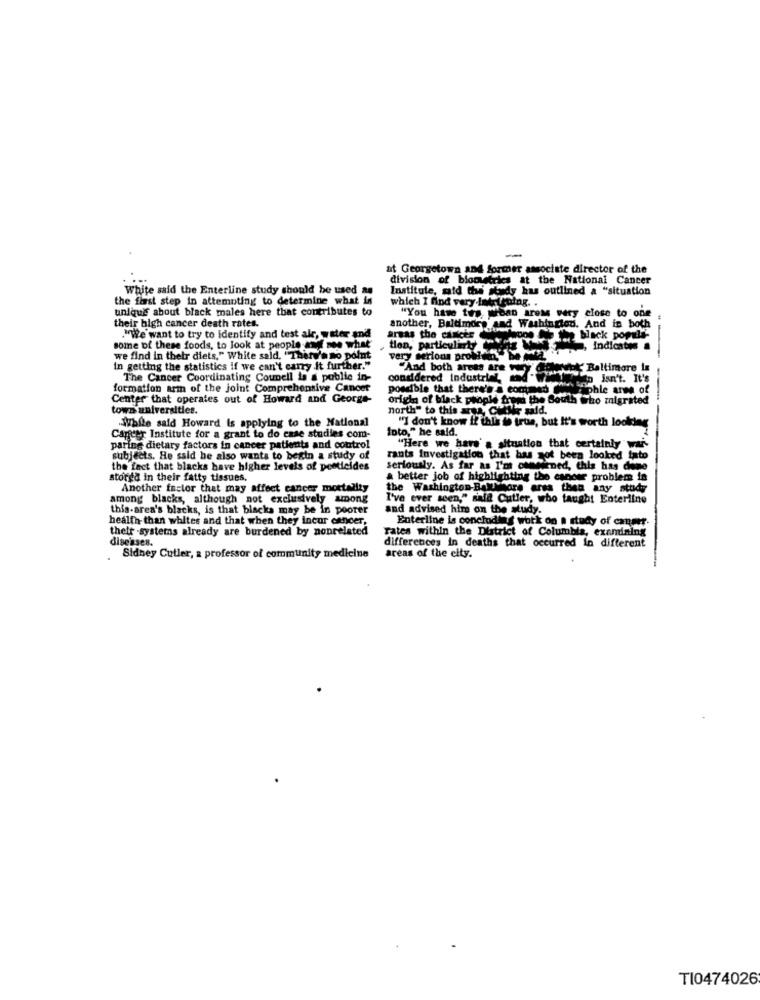
-
at Georgetown and former associate director of the
division of biometrics at the National Cancer
White said the Enterline study should be used as
Institute, said the study has outlined & "situation
the first step in attempting to determine what is
which I find very intrtraing. .
unique about black males here that contributes to
"You have tus wean areM very close to one
their high cancer death rates.
another, Baltimore and Washingted. And in both
."We want to try to Identify and test alr, water and
areas the cancer
The black popula-
some of these foods, to look at people and see what
tion, particularly
we find in their diets," White said, "There's no point
very serious problem,"he mol
In getting the statistics if we can't carry it further."
"And both arets are
SomNot' Baltimore is
The Cancer Coordinating Counell is a public in-
considered industrial and why Isn't. It's
-
formation arm of the joint Comprehensive Cancer
possible that there's a commod
iphle anne of
Center that operates out of Howard and George-
origin of black people from the South Who migrated
towa universities.
north" to this aus, CutMir said
"] don't know if this is true, but It's worth looking
.White said Howard is applying to the National
foto," he said.
Cancer Institute for a grant to do case studies com-
paring dietary factors in cancer patients and control
"Here we hars' a situation that certainly"war-
subjects. He said he also wants to begin a study of
rants Investigation that has not been looked tato
the fact that blacks have higher levels of pesticides
seriously. As far as I'ms ownwirned, this has done
stored in their fatty tissues.
a better job of highlighting the cancer problem is
Another factor that may affect cancer mortality
the Washington-Bankhore arss then any study
among blacks, although not exclusively among
I've ever seen," said Cutler, who taught Enterline
this-area's blacks, is that blacks may be in poorer
and advised him on the study.
health- than whites and that when they incur cancer.
Enterline is concluding work on a study of canmer.
theit -systemns already are burdened by nonrelated
Tates within the District of Columbia, examining
disesses.
areas of the city.
differences in deaths that occurred in different
Sidney Cutler, a professor of community medicine
TI0474026